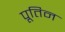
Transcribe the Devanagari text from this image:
पूतिन